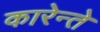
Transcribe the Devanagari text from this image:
कारेन्ते